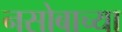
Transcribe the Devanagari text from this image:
नसोबाच्या